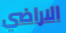
الاراضي